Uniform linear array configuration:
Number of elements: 8
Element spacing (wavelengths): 1
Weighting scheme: kaiser
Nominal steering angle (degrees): -45
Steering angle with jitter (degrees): -45.182
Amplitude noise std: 0.05
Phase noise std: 0.05

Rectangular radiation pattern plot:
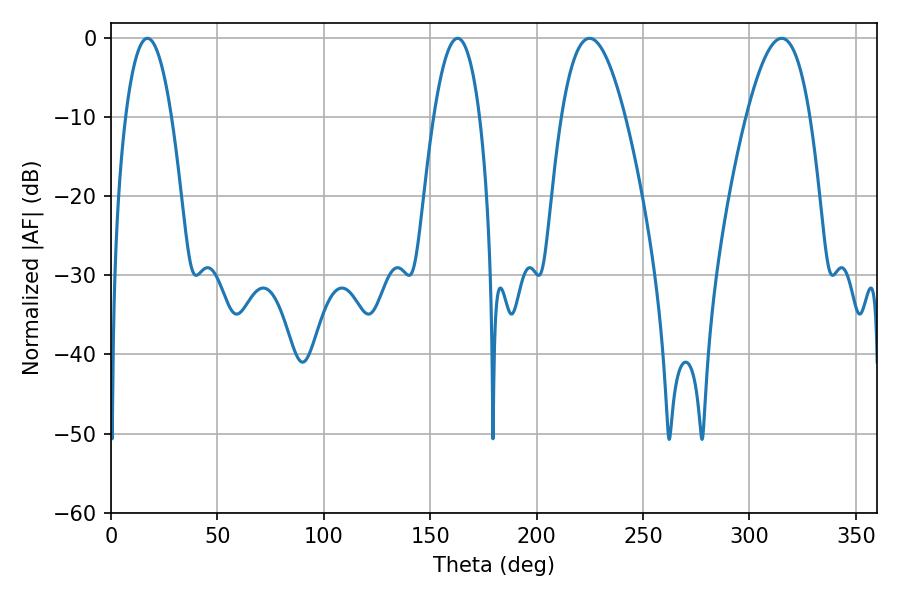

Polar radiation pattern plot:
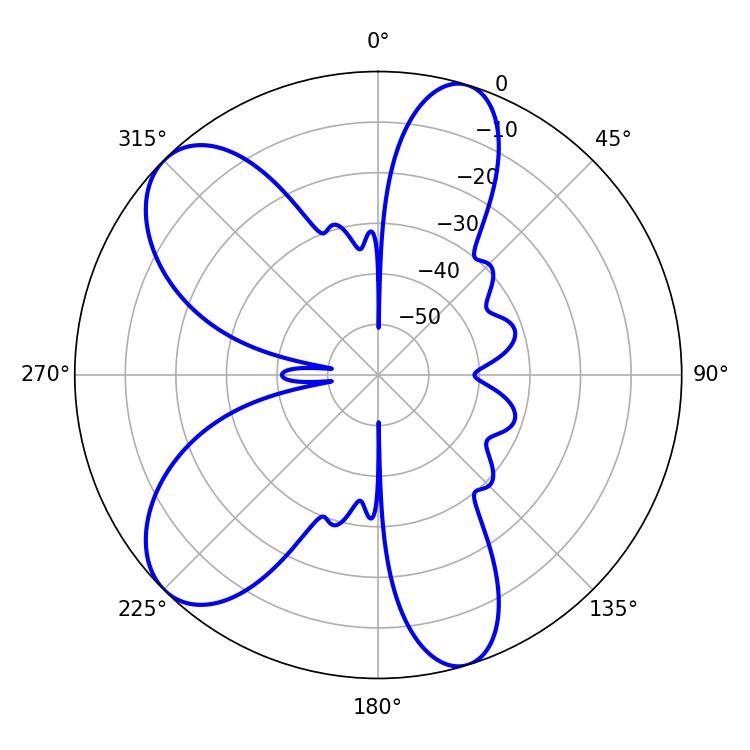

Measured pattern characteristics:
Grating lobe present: TRUE
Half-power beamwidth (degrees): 11.88
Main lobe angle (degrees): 17.1